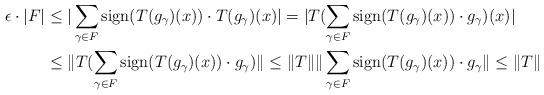
LaTeX: \begin{align*}\epsilon\cdot |F|&\leq |\sum_{\gamma\in F} \mathrm{sign}(T(g_\gamma)(x))\cdot T(g_\gamma)(x)|=|T(\sum_{\gamma\in F} \mathrm{sign}(T(g_\gamma)(x))\cdot g_\gamma)(x)|\\&\leq \|T(\sum_{\gamma\in F} \mathrm{sign}(T(g_\gamma)(x))\cdot g_\gamma)\|\leq \|T\|\|\sum_{\gamma\in F} \mathrm{sign}(T(g_\gamma)(x))\cdot g_\gamma\|\leq \|T\|\end{align*}